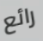
رائع